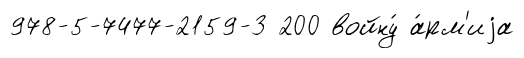
978-5-7477-2159-3 200 войну́ а́рм'иjа